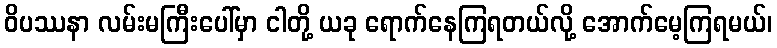
ဝိပဿနာ လမ်းမကြီးပေါ်မှာ ငါတို့ ယခု ရောက်နေကြရတယ်လို့ အောက်မေ့ကြရမယ်၊